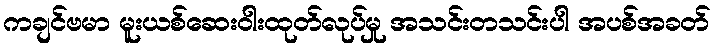
ကချင်ဗမာ မူးယစ်ဆေးဝါးထုတ်လုပ်မှု အသင်းတသင်းပါ အပစ်အခတ်